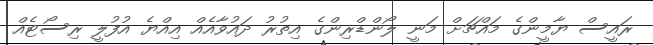
ރައީސް ޔާމީންގެ މައްޗަށް މަނީ ލޯންޑްރިންގެ އިތުރު ދައުވާއެއް އިއްޔެ އުފުލީ ރިސޯޓެއް